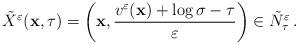
LaTeX: \begin{align*} \tilde{X}^\varepsilon(\mathbf{x},\tau) = \left(\mathbf{x}, \frac{v^\varepsilon(\mathbf{x}) + \log\sigma-\tau}{\varepsilon}\right) \in \tilde{{N}}_\tau^\varepsilon\,. \end{align*}